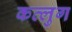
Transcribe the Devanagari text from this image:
कत्लुग